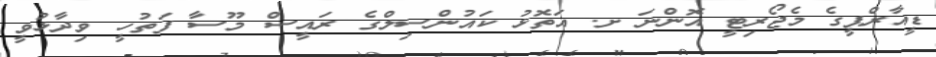
ޑީއާރްޕީގެ މެޖޯރިޓީ އޮންނަ ށ. އަތޮޅު ކައުންސިލްގެ ރައީސް މޫސާ ފަތުހީ ވިދާޅުވީ